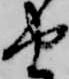
由